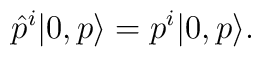
\hat p^{i} |0,p\rangle = p^{i}|0,p\rangle.